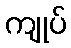
ကျုပ်